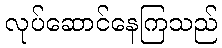
လုပ်ဆောင်နေကြသည်